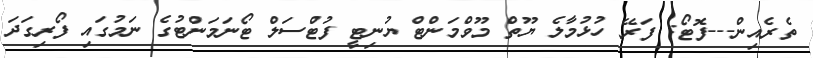
ތެރެއިން---ފޮޓޯ: ފަރޭ ހުޅުމާލެ ޔޫތް މޫވްމަންޓް ޔުނިޓީ ފުޓްސަލް ޓޯނަމަންޓުގެ ނަމުގައި ފޯރިގަދަ